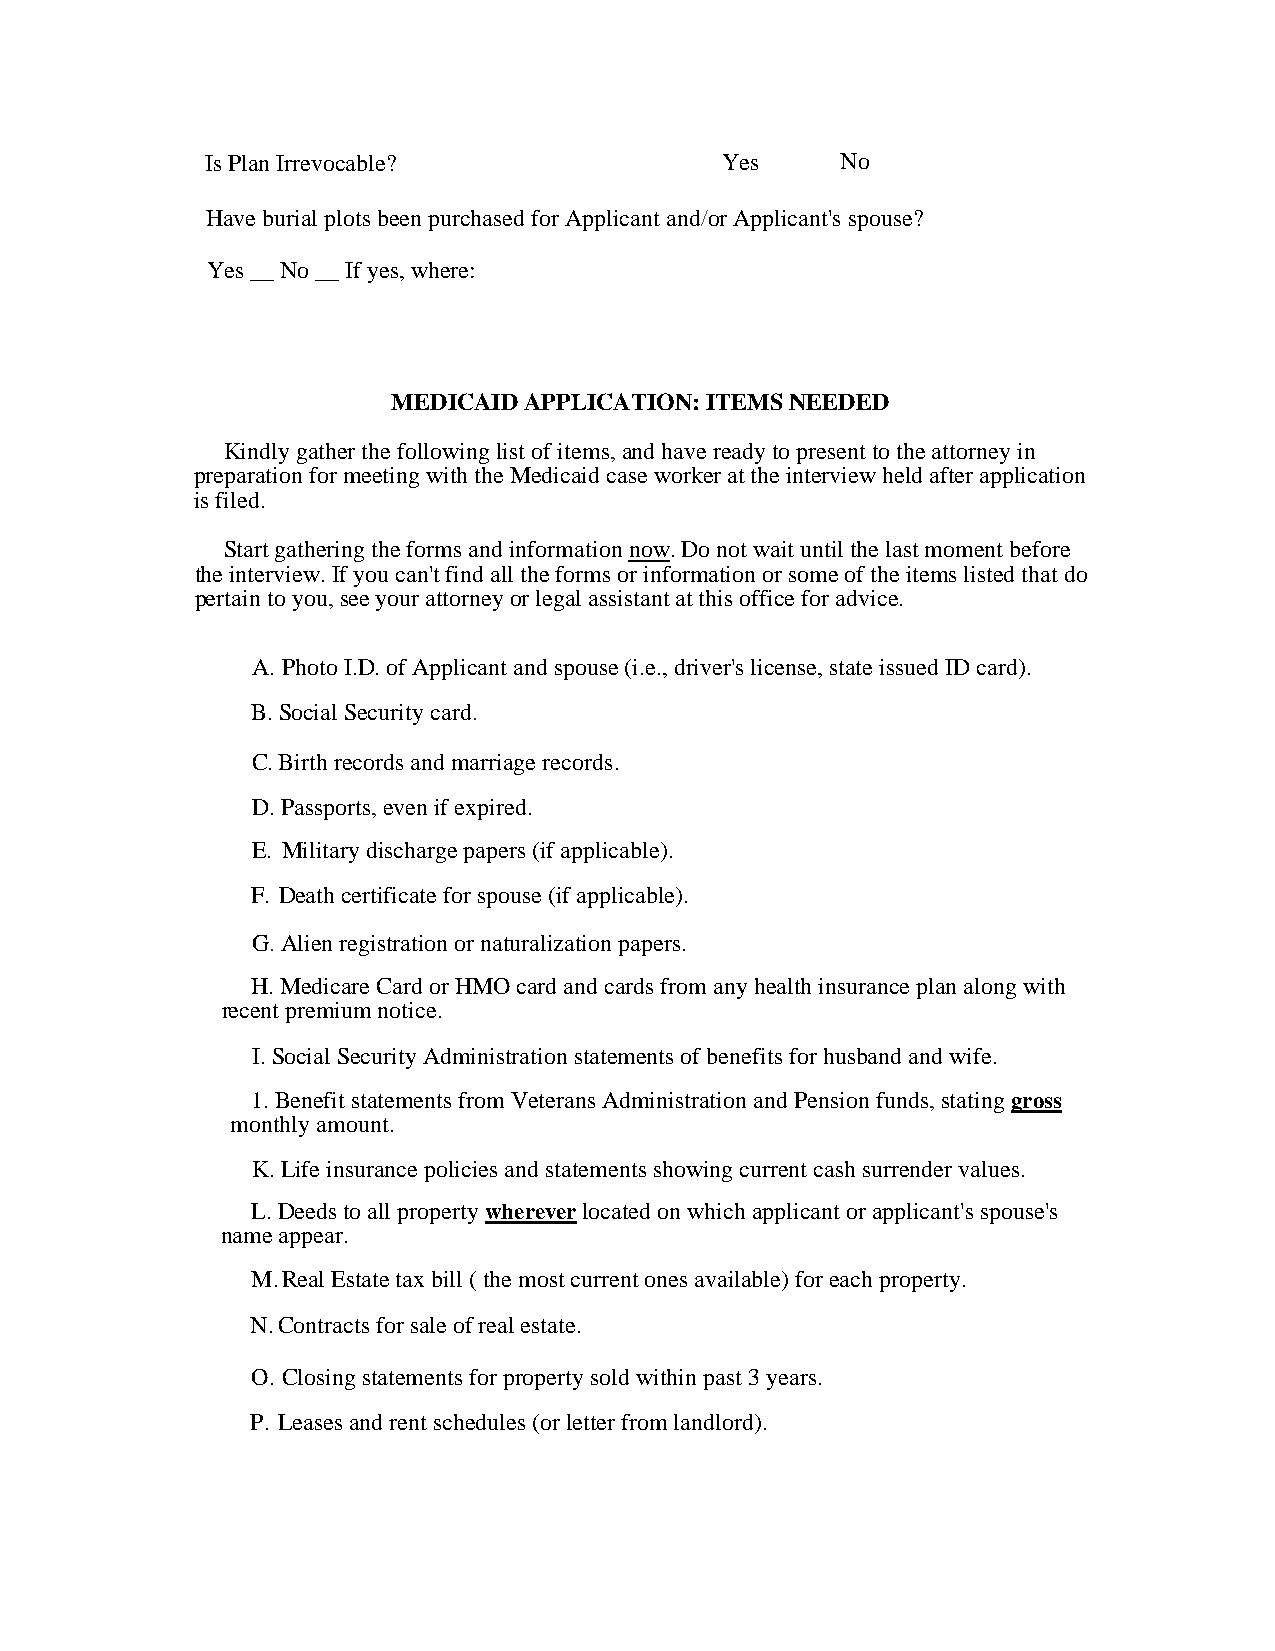
Is Plan Irrevocable?              Yes     No
 Have burial plots been purchased for Applicant and/or Applicant's spouse?
 Yes __ No __ If yes, where:
 MEDICAID APPLICATION: ITEMS NEEDED
 Kindly gather the following list of items, and have ready to present to the attorney in
 preparation for meeting with the Medicaid case worker at the interview held after application
 is filed.
 Start gathering the forms and information now. Do not wait until the last moment before
 the interview. If you can't find all the forms or information or some of the items listed that do
 pertain to you, see your attorney or legal assistant at this office for advice.
 A. Photo I.D. of Applicant and spouse (i.e., driver's license, state issued ID card).
 B. Social Security card.
 C. Birth records and marriage records.
 D. Passports, even if expired.
 E. Military discharge papers (if applicable).
 F. Death certificate for spouse (if applicable).
 G. Alien registration or naturalization papers.
 H. Medicare Card or HMO card and cards from any health insurance plan along with
 recent premium notice.
 I. Social Security Administration statements of benefits for husband and wife.
 1. Benefit statements from Veterans Administration and Pension funds, stating gross
 monthly amount.
 K. Life insurance policies and statements showing current cash surrender values.
 L. Deeds to all property wherever located on which applicant or applicant's spouse's
 name appear.
 M. Real Estate tax bill ( the most current ones available) for each property.
 N. Contracts for sale of real estate.
 O. Closing statements for property sold within past 3 years.
 P. Leases and rent schedules (or letter from landlord).